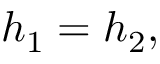
h _ { 1 } = h _ { 2 } ,